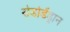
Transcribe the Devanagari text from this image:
रोडोडेंड्रान